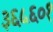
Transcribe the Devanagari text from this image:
३६५६०१